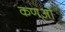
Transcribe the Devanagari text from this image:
कणओ